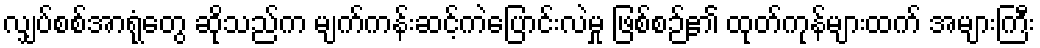
လျှပ်စစ်အာရုံတွေ ဆိုသည်က မျက်ကန်းဆင့်ကဲပြောင်းလဲမှု ဖြစ်စဉ်၏ ထုတ်ကုန်များထက် အများကြီး